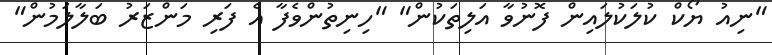
"ނިއު ޔޯކް ކުލަކުލައިން ފޮނުވާ އަލިތަކުން" "ހިނިތުންވެފާ އެ ފަރި މަންޒަރު ބަލާލަމުން"